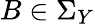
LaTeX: B\in\Sigma_{Y}